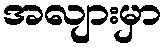
အလျားမှာ